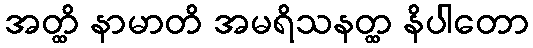
အတ္ထိ နာမာတိ အမရိသနတ္ထ နိပါတော